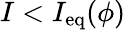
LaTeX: I<I_{\mathrm{eq}}(\phi)